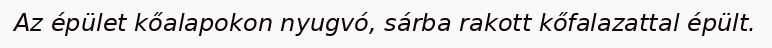
Az épület kőalapokon nyugvó, sárba rakott kőfalazattal épült.